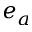
e _ { a }